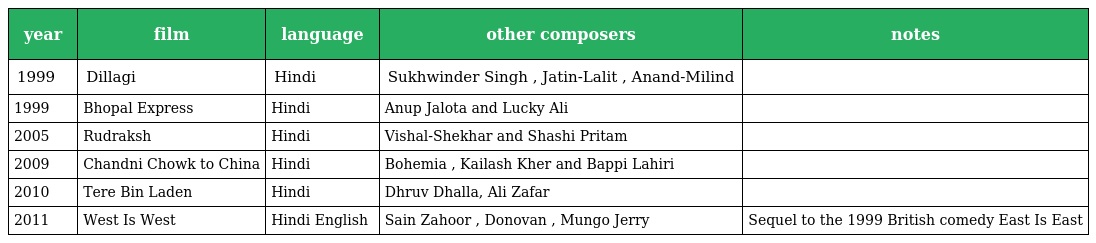
| year | film | language | other composers | notes |
 | --- | --- | --- | --- | --- |
 | 1999 | Dillagi | Hindi | Sukhwinder Singh , Jatin-Lalit , Anand-Milind |  |
 | 1999 | Bhopal Express | Hindi | Anup Jalota and Lucky Ali |  |
 | 2005 | Rudraksh | Hindi | Vishal-Shekhar and Shashi Pritam |  |
 | 2009 | Chandni Chowk to China | Hindi | Bohemia , Kailash Kher and Bappi Lahiri |  |
 | 2010 | Tere Bin Laden | Hindi | Dhruv Dhalla, Ali Zafar |  |
 | 2011 | West Is West | Hindi English | Sain Zahoor , Donovan , Mungo Jerry | Sequel to the 1999 British comedy East Is East |